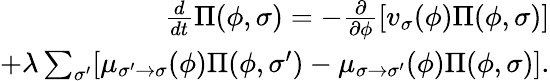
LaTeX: \begin{array}{r}{\frac{d}{dt}\Pi(\phi,\sigma)=-\frac{\partial}{\partial\phi}\left[v_{\sigma}(\phi)\Pi(\phi,\sigma)\right]}\\ {+\lambda\sum_{\sigma^{\prime}}[\mu_{\sigma^{\prime}\to\sigma}(\phi)\Pi(\phi,\sigma^{\prime})-\mu_{\sigma\to\sigma^{\prime}}(\phi)\Pi(\phi,\sigma)].}\end{array}